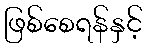
ဖြစ်စေရန်နှင့်